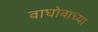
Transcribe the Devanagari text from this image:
वाघोबाच्या